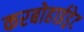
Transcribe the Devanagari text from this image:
करबोहाईड्रेट